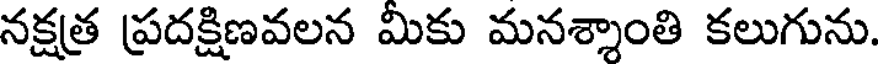
నక్షత్ర ప్రదక్షిణవలన మికు మనశ్శాంతి కలుగును.